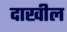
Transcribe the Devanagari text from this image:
दाखील